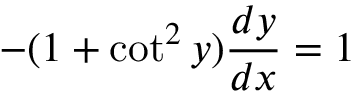
- ( 1 + \cot ^ { 2 } y ) { \frac { d y } { d x } } = 1